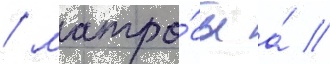
/ матро́сы а́ //